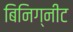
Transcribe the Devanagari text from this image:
बिनिग्नीट